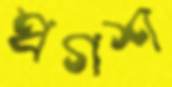
প্রগশ